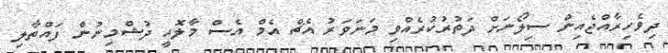
ދިވެހިރާއްޖެއިން ސިލޯނަށް ދަތުރުކުރެއްވި މަނަވަރު އެޗް އެމް އެސް މާލޮއީ ދުޝްމިނުން ފައްތާލި